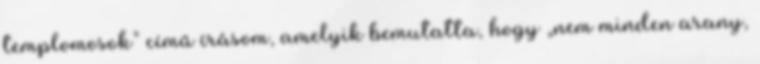
templomo­sok” című írásom, amelyik bemutatta, hogy „nem minden arany,